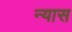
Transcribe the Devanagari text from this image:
न्‍यास